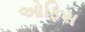
ઓફિસ